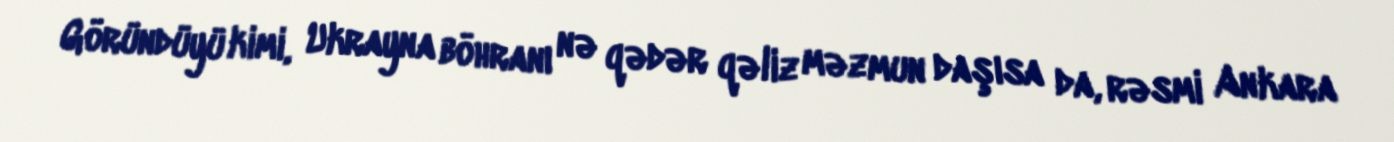
Göründüyü kimi, Ukrayna böhranı nə qədər qəliz məzmun daşısa da, rəsmi Ankara